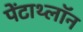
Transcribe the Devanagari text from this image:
पेंटाथ्लॉन